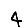
Digit: 4